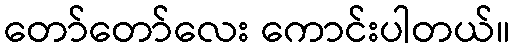
တော်တော်လေး ကောင်းပါတယ်။